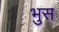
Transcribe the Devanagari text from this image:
भुस